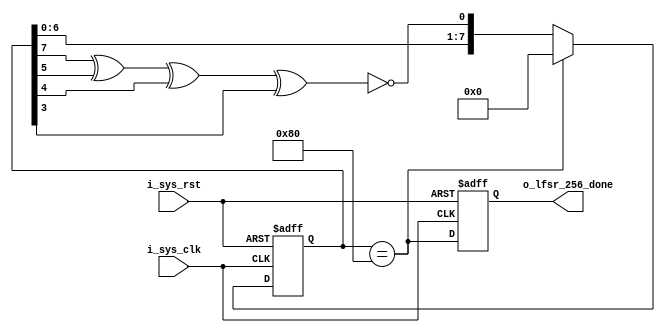
module lfsr_count255(
                     input i_sys_clk,
                     input i_sys_rst,
                     output reg o_lfsr_256_done);
    reg [7:0]                   lfsr_reg_i;
    wire                        lfsr_d0_i,lfsr_256_equal_i;
    xnor(lfsr_d0_i,lfsr_reg_i[7],lfsr_reg_i[5],lfsr_reg_i[4],lfsr_reg_i[3]);
    assign lfsr_256_equal_i = (lfsr_reg_i == 8'h80);
    always @(posedge i_sys_clk,posedge i_sys_rst) begin
        if(i_sys_rst) begin
            lfsr_reg_i <= 0;
            o_lfsr_256_done <= 0;
        end
        else begin
            lfsr_reg_i <= lfsr_256_equal_i ? 8'h0 : {lfsr_reg_i[6:0],lfsr_d0_i};
            o_lfsr_256_done <= lfsr_256_equal_i;
        end
    end
endmodule